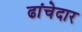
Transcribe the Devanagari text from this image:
ढांचेदार